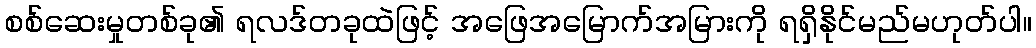
စစ်ဆေးမှုတစ်ခု၏ ရလဒ်တခုထဲဖြင့် အဖြေအမြောက်အမြားကို ရရှိနိုင်မည်မဟုတ်ပါ။